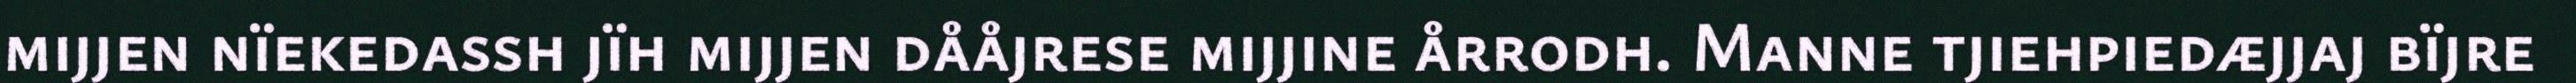
mijjen nïekedassh jïh mijjen dååjrese mijjine årrodh. Manne tjiehpiedæjjaj bïjre